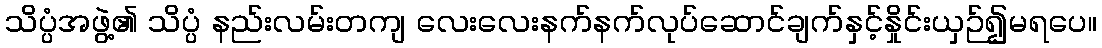
သိပ္ပံအဖွဲ့၏ သိပ္ပံ နည်းလမ်းတကျ လေးလေးနက်နက်လုပ်ဆောင်ချက်နှင့်နှိုင်းယှဉ်၍မရပေ။